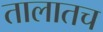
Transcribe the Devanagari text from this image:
तालातच